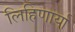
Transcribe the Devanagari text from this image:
लिहिणार्या